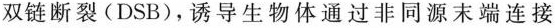
双链断裂(DSB)，诱导生物体通过非同源末端连接